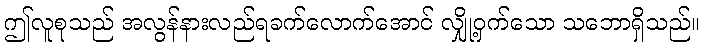
ဤလူစုသည် အလွန်နားလည်ရခက်လောက်အောင် လျှို့ဝှက်သော သဘောရှိသည်။